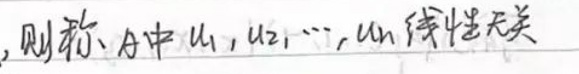
则称A中\(u_1,u_2,\cdots,u_n\)线性无关